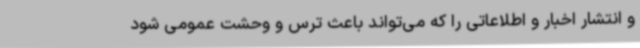
و انتشار اخبار و اطلاعاتی را که می‌تواند باعث ترس و وحشت عمومی شود